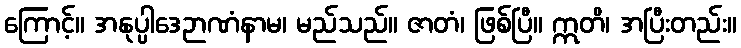
ကြောင့်။ အနုပ္ပါဒေဉာဏံနာမ၊ မည်သည်။ ဇာတံ၊ ဖြစ်ပြီ။ ဣတိ၊ အပြီးတည်း။